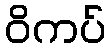
ဝိကပ်